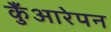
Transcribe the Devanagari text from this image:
कुँआरेपन